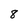
Character: 8